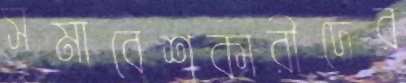
সমাবেশকারীদের